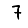
Digit: 7